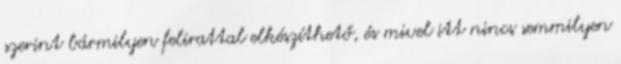
szerint bármilyen felirattal elkészíthető, és mivel itt nincs semmilyen